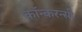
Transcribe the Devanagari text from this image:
कॉन्करन्सी